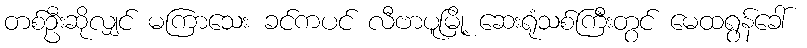
တစ်ဦးဆိုလျှင် မကြာသေး ခင်ကပင် လီဗာပူမြို့ ဆေးရုံသစ်ကြီးတွင် မေထရွန်ခေါ်